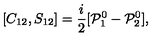
[ C _ { 1 2 } , S _ { 1 2 } ] = \frac { i } { 2 } [ { \cal P } _ { 1 } ^ { 0 } - { \cal P } _ { 2 } ^ { 0 } ] ,